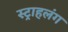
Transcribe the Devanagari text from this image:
स्‍ट्राहलंग